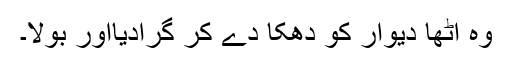
وہ اٹھا دیوار کو دھکا دے کر گرادیااور بولا۔